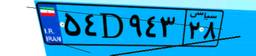
۰۶D۵۸۷۰۲